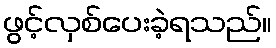
ဖွင့်လှစ်ပေးခဲ့ရသည်။